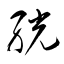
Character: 絖